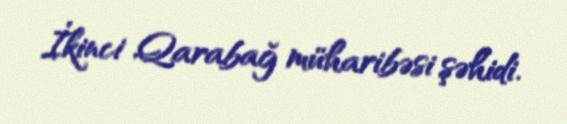
İkinci Qarabağ müharibəsi şəhidi.